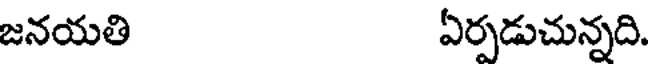
జనయతి ఏర్పడుచున్నది.